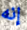
إنه